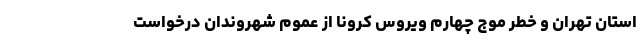
استان تهران و خطر موج چهارم ویروس کرونا از عموم شهروندان درخواست